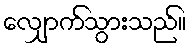
လျှောက်သွားသည်။